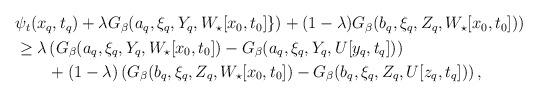
LaTeX: \begin{align*}\begin{aligned}&\psi_t(x_q, t_q)+\lambda G_\beta(a_q, \xi_q, Y_q, W_\star[x_0, t_0]\})+(1-\lambda) G_\beta(b_q, \xi_q, Z_q, W_\star[x_0, t_0]))\\&\geq \lambda \left(G_\beta(a_q, \xi_q, Y_q, W_\star[x_0, t_0])-G_\beta(a_q, \xi_q, Y_q, U[y_q, t_q])\right)\\&\qquad+(1-\lambda) \left(G_\beta(b_q, \xi_q, Z_q, W_\star[x_0, t_0])-G_\beta(b_q, \xi_q, Z_q, U[z_q, t_q])\right),\end{aligned}\end{align*}